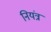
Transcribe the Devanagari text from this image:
नियंत्र